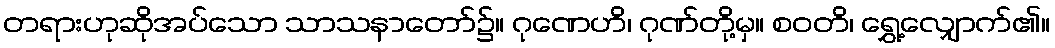
တရားဟုဆိုအပ်သော သာသနာတော်၌။ ဂုဏေဟိ၊ ဂုဏ်တို့မှ။ စဝတိ၊ ရွှေ့လျှောက်၏။